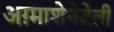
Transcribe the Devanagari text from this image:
अग़्माशेनेबेली